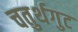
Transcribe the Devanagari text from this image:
चतुर्थगुट